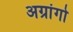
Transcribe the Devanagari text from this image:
अग्रांगो